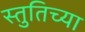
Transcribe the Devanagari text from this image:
स्तुतिच्या